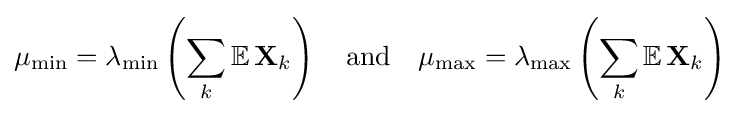
\mu _{\text{min}}=\lambda _{\text{min}}\left(\sum _{k}\mathbb {E} \,\mathbf {X} _{k}\right)\quad {\text{and}}\quad \mu _{\text{max}}=\lambda _{\text{max}}\left(\sum _{k}\mathbb {E} \,\mathbf {X} _{k}\right)